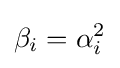
\beta _{i}=\alpha _{i}^{2}